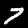
Label: 7